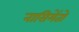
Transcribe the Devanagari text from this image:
नासिमेंतो